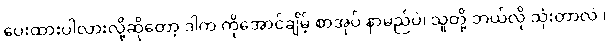
ပေးထားပါလားလို့ဆိုတော့ ဒါက ကိုအောင်ချိမ့် စာအုပ် နာမည်ပဲ၊ သူတို့ ဘယ်လို သုံးတာလဲ ၊